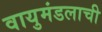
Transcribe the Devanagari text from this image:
वायुमंडलाची